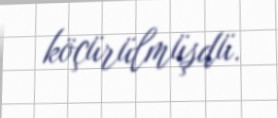
köçürülmüşdü.